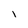
Character: i